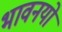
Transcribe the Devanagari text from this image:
भावनयों